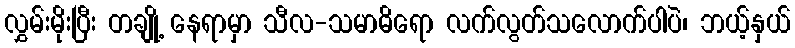
လွှမ်းမိုးပြီး တချို့ နေရာမှာ သီလ-သမာဓိရော လက်လွတ်သလောက်ပါပဲ၊ ဘယ့်နှယ်